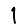
Digit: 1